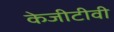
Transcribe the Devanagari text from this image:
केजीटीवी